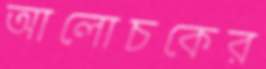
আলোচকের